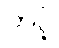
တင့်